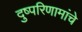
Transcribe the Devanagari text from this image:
दुष्परिणामांचे